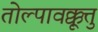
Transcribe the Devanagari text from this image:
तोल्पावक्कूत्तु